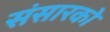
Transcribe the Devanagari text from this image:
संसारको